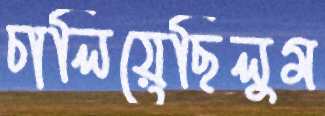
চালিয়েছিলুম